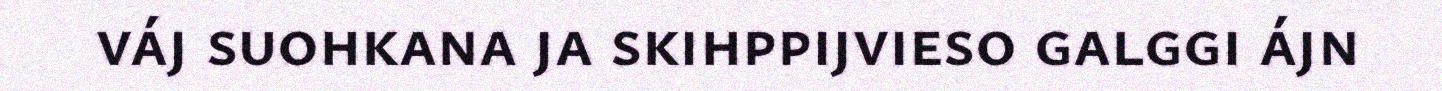
váj suohkana ja skihppijvieso galggi ájn